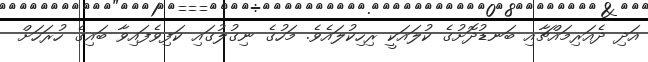
އަދި ދެއަރިމައްޗާއި ބަނޑުދޮށުގެ ކުލައަކީ ރިހިކުލައެވެ. މަހުގެ ނިގުލުގައި ކަފިވެފައިވާ ބައިގެ ހުރަހަށް